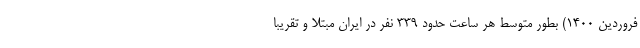
فروردین ۱۴۰۰) بطور متوسط هر ساعت حدود ۳۳۹ نفر در ایران مبتلا و تقریبا